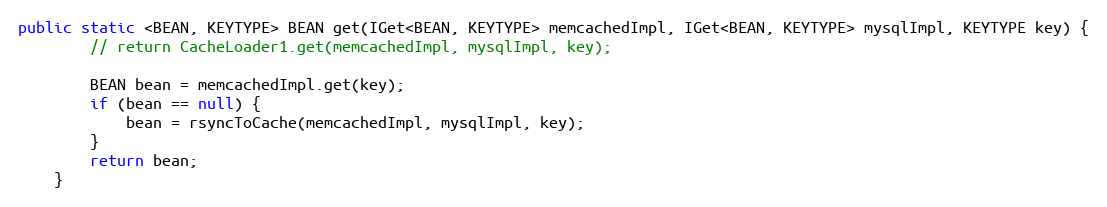
Language: Java
public static <BEAN, KEYTYPE> BEAN get(IGet<BEAN, KEYTYPE> memcachedImpl, IGet<BEAN, KEYTYPE> mysqlImpl, KEYTYPE key) {
		// return CacheLoader1.get(memcachedImpl, mysqlImpl, key);

		BEAN bean = memcachedImpl.get(key);
		if (bean == null) {
			bean = rsyncToCache(memcachedImpl, mysqlImpl, key);
		}
		return bean;
	}